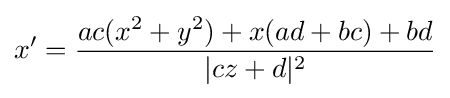
x'={\frac {ac(x^{2}+y^{2})+x(ad+bc)+bd}{|cz+d|^{2}}}